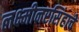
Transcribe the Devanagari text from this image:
लक्ष्मीनरसिंहाचें